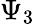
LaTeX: \Psi_{3}